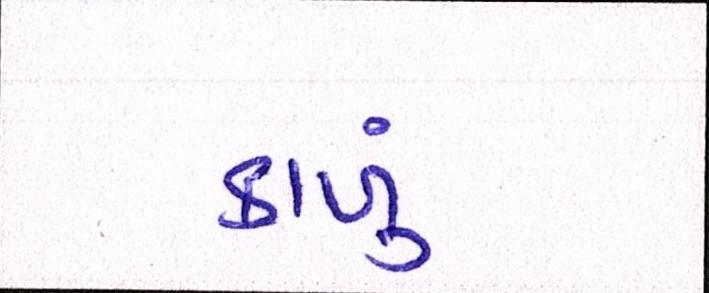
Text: કાળું